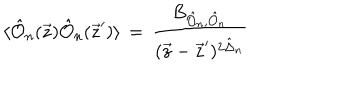
\langle \hat { { \cal O } } _ { n } ( \vec { z } ) \hat { { \cal O } } _ { n } ( \vec { z } ^ { \prime } ) \rangle \, = \, \frac { B _ { { \hat { { \cal O } } _ { n } } , \hat { { \cal O } } _ { n } } } { ( \vec { z } - \vec { z } ^ { \prime } ) ^ { 2 \hat { \Delta } _ { n } } } \,